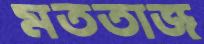
মততাজ